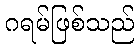
ဂရမ်ဖြစ်သည်